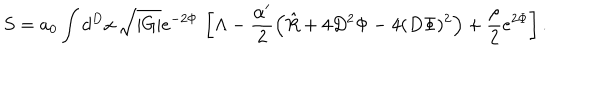
LaTeX: S = a _ { 0 } \int d ^ { D } x \, \sqrt { | G | } e ^ { - 2 \Phi } \, \left[ \Lambda - \frac { \alpha ^ { \prime } } { 2 } \left( \hat { R } + 4 D ^ { 2 } \Phi - 4 ( D \Phi ) ^ { 2 } \right) + \frac { \rho } { 2 } e ^ { 2 \Phi } \right] . \,